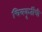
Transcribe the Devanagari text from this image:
चित्रकृतींची